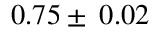
0 . 7 5 \pm \: 0 . 0 2